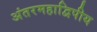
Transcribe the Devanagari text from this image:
अंतरमहाद्विपीय